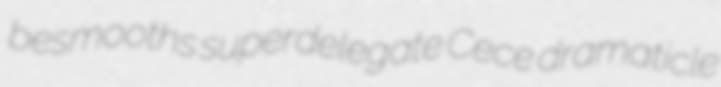
besmooths superdelegate Cece dramaticle